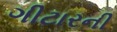
ગીટારની